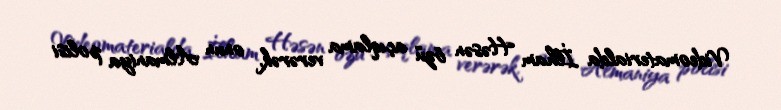
Videomaterialda İlham Həsən özü açıqlama verərək, onun Almaniya polisi